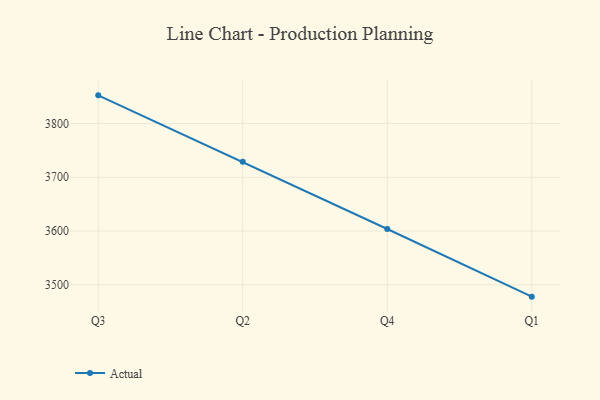
{"axis": {"x": "Quarter", "y": "Conversion Rate (%)"}, "legend": ["Actual"], "data": [{"x": "Q3", "y": 3852.4, "type": "Actual"}, {"x": "Q2", "y": 3728.8, "type": "Actual"}, {"x": "Q4", "y": 3603.8, "type": "Actual"}, {"x": "Q1", "y": 3477.9, "type": "Actual"}]}